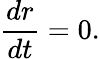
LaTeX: \frac{dr}{dt}=0.